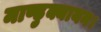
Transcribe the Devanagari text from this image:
माण्डुक्यायन।